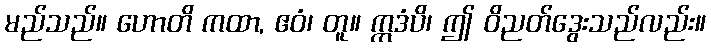
မည်သည်။ ဟောတိ ကထာ, ဧဝံ၊ တူ။ ဣဒံပိ၊ ဤ ဝိညတ်ဒွေးသည်လည်း။